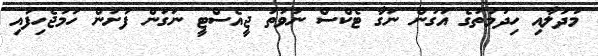
މުދަލާއި ހިދުމަތުގެ އަގުން ނަގާ ޓެކްސް ނުވަތަ ޖީއެސްޓީ ނަގަން ފަށަން ހަމަޖެހިފައި